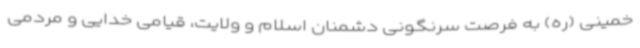
خمینی (ره) به فرصت سرنگونی دشمنان اسلام و ولایت، قیامی خدایی و مردمی